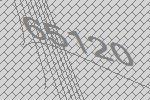
65120